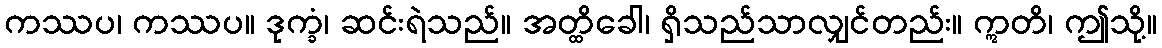
ကဿပ၊ ကဿပ။ ဒုက္ခံ၊ ဆင်းရဲသည်။ အတ္ထိခေါ၊ ရှိသည်သာလျှင်တည်း။ ဣတိ၊ ဤသို့။